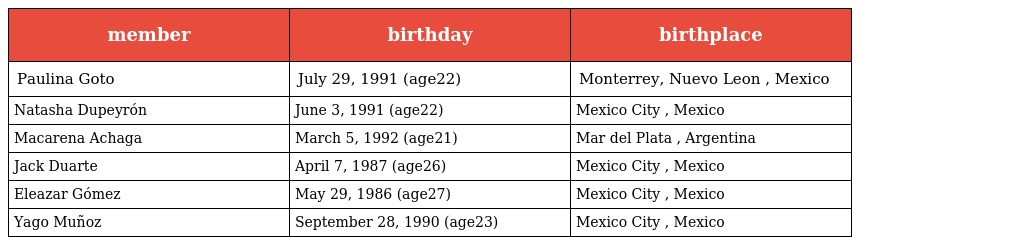
| member | birthday | birthplace |
 | --- | --- | --- |
 | Paulina Goto | July 29, 1991 (age22) | Monterrey, Nuevo Leon , Mexico |
 | Natasha Dupeyrón | June 3, 1991 (age22) | Mexico City , Mexico |
 | Macarena Achaga | March 5, 1992 (age21) | Mar del Plata , Argentina |
 | Jack Duarte | April 7, 1987 (age26) | Mexico City , Mexico |
 | Eleazar Gómez | May 29, 1986 (age27) | Mexico City , Mexico |
 | Yago Muñoz | September 28, 1990 (age23) | Mexico City , Mexico |